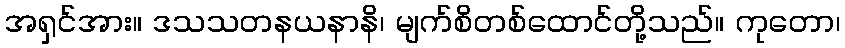
အရှင်အား။ ဒသသတနယနာနိ၊ မျက်စိတစ်ထောင်တို့သည်။ ကုတော၊